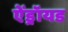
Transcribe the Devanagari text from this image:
ऐंड्रॉयड